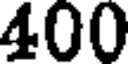
400